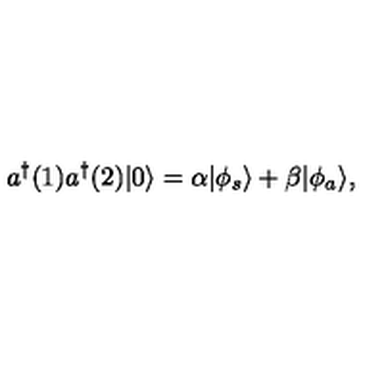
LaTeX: a ^ { \dagger } ( 1 ) a ^ { \dagger } ( 2 ) | 0 \rangle = \alpha | \phi _ { s } \rangle + \beta | \phi _ { a } \rangle ,